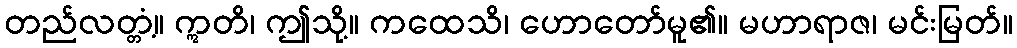
တည်လတ္တံ့။ ဣတိ၊ ဤသို့။ ကထေသိ၊ ဟောတော်မူ၏။ မဟာရာဇ၊ မင်းမြတ်။